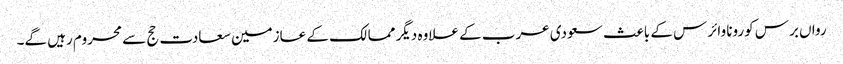
رواں برس کورونا وائرس کے باعث سعودی عرب کے علاوہ دیگر ممالک کے عازمین سعادت حج سے محروم رہیں گے۔